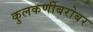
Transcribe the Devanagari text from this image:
कुलकर्णीबरोबर